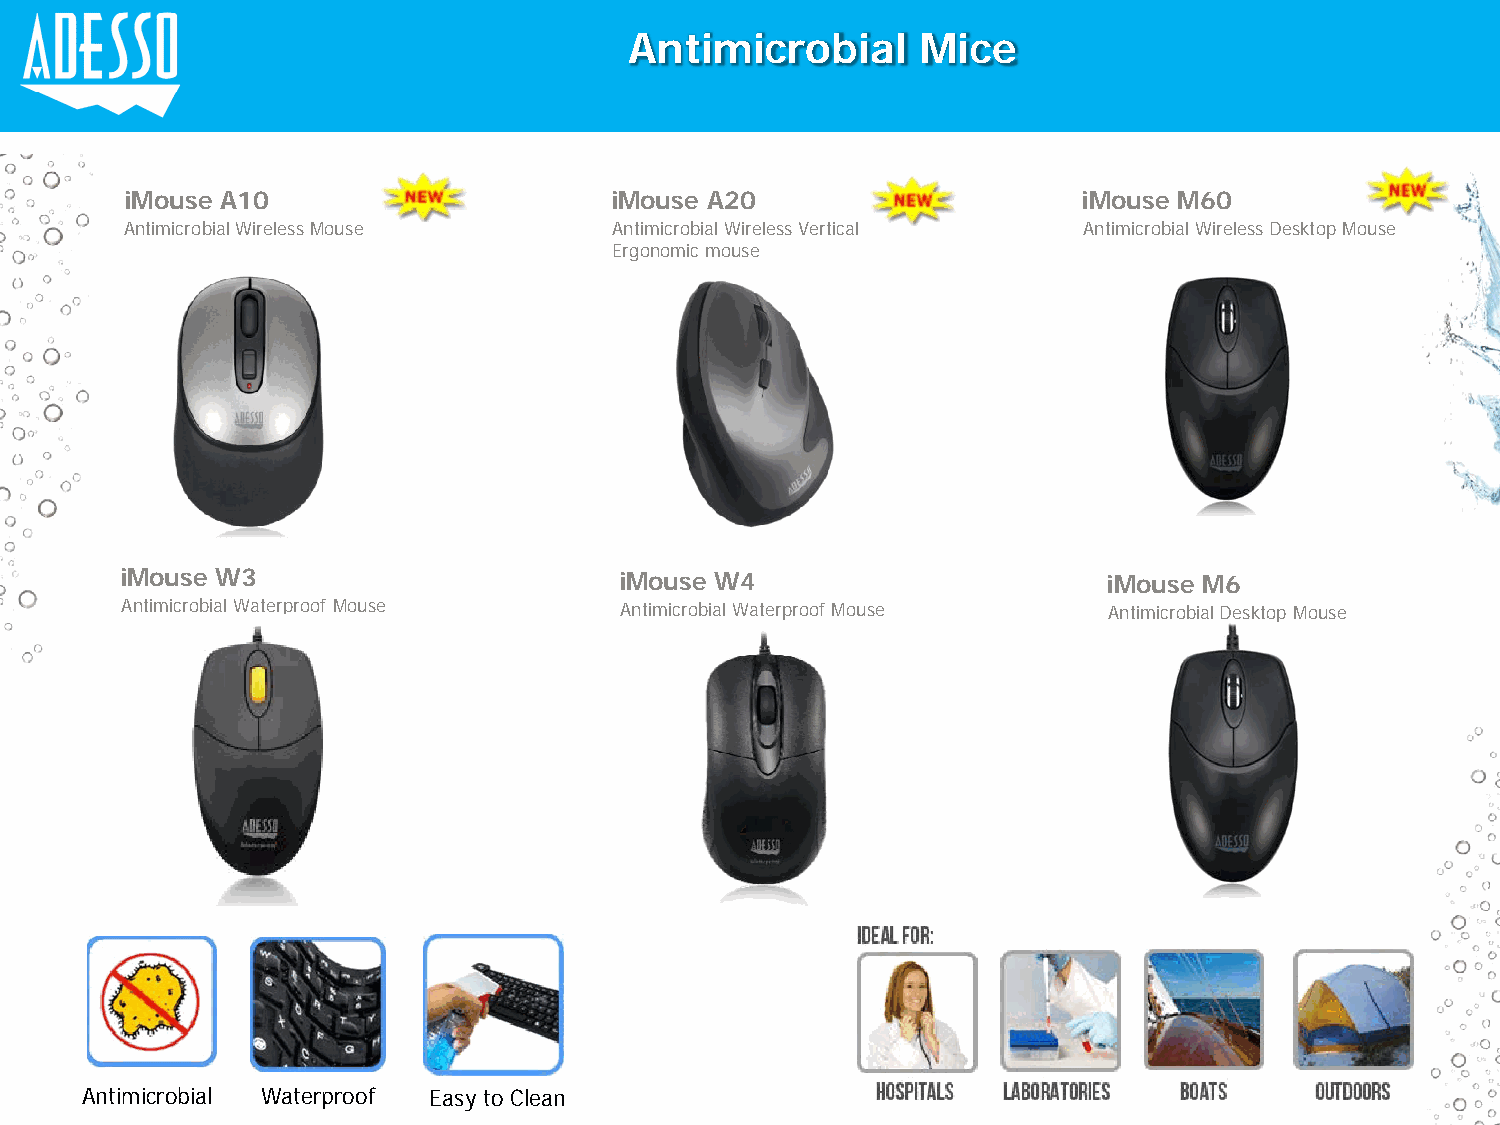
Antimicrobial      Mice
 iMouse A10                      iMouse A20                      iMouse M60
 Antimicrobial Wireless Mouse     Antimicrobial Wireless Vertical Antimicrobial Wireless Desktop Mouse
 Ergonomic mouse
 iMouse W3                        iMouse W4                       iMouse M6
 Antimicrobial Waterproof Mouse   Antimicrobial Waterproof Mouse  Antimicrobial Desktop Mouse
 Antimicrobial Waterproof Easy to Clean